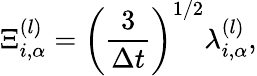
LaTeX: \Xi_{i,\alpha}^{(l)}=\left(\frac{3}{\Delta t}\right)^{1/2}\lambda_{i,\alpha}^{(l)},